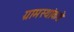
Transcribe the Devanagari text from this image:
ग्रामस्‍थांकडे